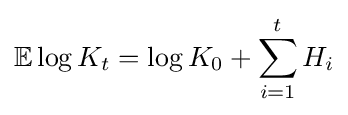
\mathbb {E} \log K_{t}=\log K_{0}+\sum _{i=1}^{t}H_{i}